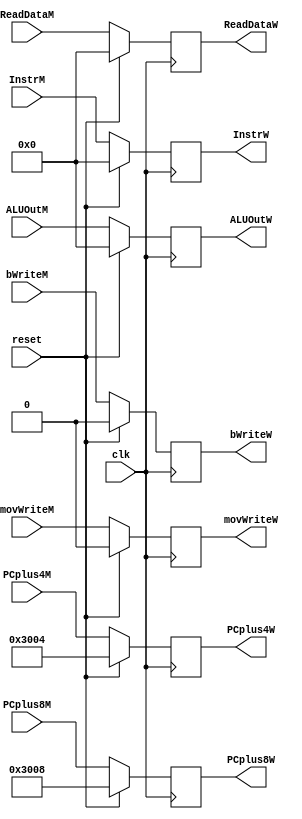
`timescale 1ns / 1ps
//////////////////////////////////////////////////////////////////////////////////
// Company: 
// Engineer: 
// 
// Design Name: 
// Module Name:    W_Registers 
// Project Name: 
// Target Devices: 
// Tool versions: 
// Description: 
//
// Dependencies: 
//
// Revision: 
// Revision 0.01 - File Created
// Additional Comments: 
//
//////////////////////////////////////////////////////////////////////////////////
module W_Registers(              
	 input  clk,                  //
	 input  reset,                //
    input  [31:0] InstrM,        //Instr in MEM
	 input  [31:0] PCplus4M,      //PC+4 in MEM
	 input  [31:0] PCplus8M,      //PC+8 in MEM
	 input  [31:0] ALUOutM,       //ALUOut in MEM
	 input  movWriteM,
	 input  bWriteM,
	 input  [31:0] ReadDataM,     //ReadData in MEM
    output  [31:0] InstrW,       //Instr in WB
	 output  [31:0] PCplus4W,     //PC+4 in WB
	 output  [31:0] PCplus8W,     //PC+8 in WB
	 output  [31:0] ALUOutW,      //ALUOut in WB
	 output  movWriteW,
	 output  bWriteW,
	 output  [31:0] ReadDataW     //ReadData in WB
    );
	 reg [31:0] Instr;
	 reg [31:0] PCplus4;
	 reg [31:0] PCplus8;
	 reg [31:0] ALUOut;
	 reg movWrite;
	 reg bWrite;
	 reg [31:0] ReadData;
	 
	 assign InstrW = Instr,
			  PCplus4W = PCplus4,
			  PCplus8W = PCplus8,
			  ALUOutW = ALUOut,
			  movWriteW = movWrite,
			  bWriteW = bWrite,
			  ReadDataW = ReadData;
	 
	 initial begin                  //??
		Instr <= 32'h0000_0000;
		PCplus4 <= 32'h0000_3004;
		PCplus8 <= 32'h0000_3008;
		ALUOut <= 32'h0000_0000;
		movWrite <= 1'b0;
		bWrite <= 1'b0;
		ReadData <= 32'h0000_0000;
	 end
	 
	 always @(posedge clk) begin
		if(reset) begin                   //
			Instr <= 32'h0000_0000;
			PCplus4 <= 32'h0000_3004;
			PCplus8 <= 32'h0000_3008;
			ALUOut <= 32'h0000_0000;
			movWrite <= 1'b0;
			bWrite <= 1'b0;
			ReadData <= 32'h0000_0000;
		end
		else begin
			Instr <= InstrM;
			PCplus4 <= PCplus4M;
			PCplus8 <= PCplus8M;
			ALUOut <= ALUOutM;
			movWrite <= movWriteM;
			bWrite <= bWriteM;
			ReadData <= ReadDataM;
		end
	 end

endmodule